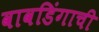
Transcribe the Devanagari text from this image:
वावडिंगाची